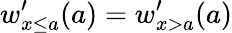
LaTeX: w_{x\leq a}^{\prime}(a)=w_{x>a}^{\prime}(a)